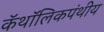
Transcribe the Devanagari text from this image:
कॅथॉलिकपंथीय